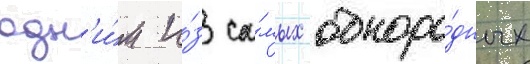
одн'и́м и́з са́мых одноро́дных